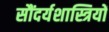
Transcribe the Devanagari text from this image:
सौंदर्यशास्त्रियों